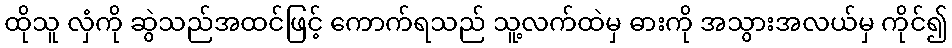
ထိုသူ လှံကို ဆွဲသည်အထင်ဖြင့် ကောက်ရသည် သူ့လက်ထဲမှ ဓားကို အသွားအလယ်မှ ကိုင်၍